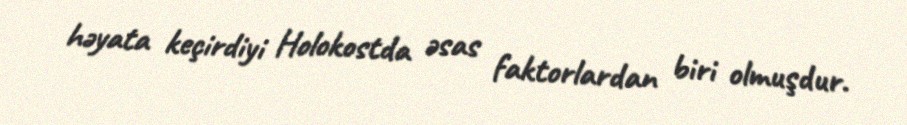
həyata keçirdiyi Holokostda əsas faktorlardan biri olmuşdur.